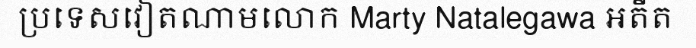
ប្រទេសវៀតណាមលោក Marty Natalegawa អតីត